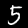
Label: 5